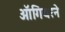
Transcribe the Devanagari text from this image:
ऑगियरने